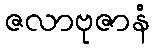
ဇလာဗုဇာနံ